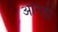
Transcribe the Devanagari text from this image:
आंगड़ी